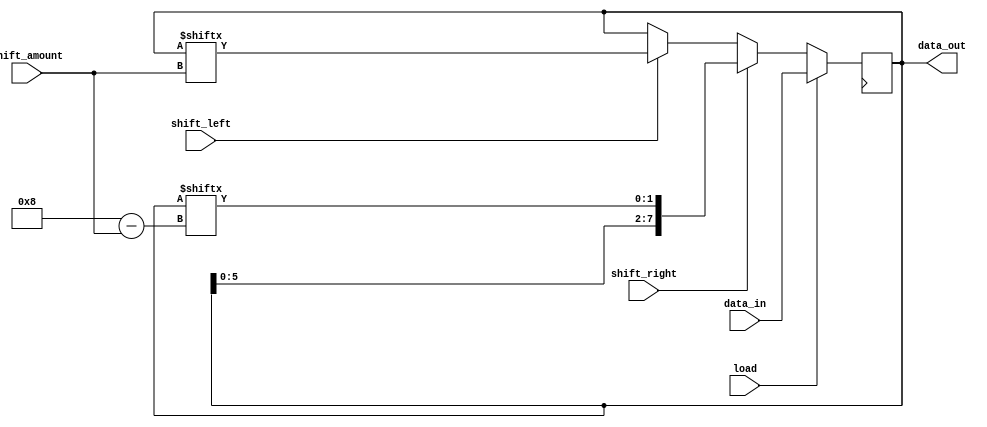
module universal_shift_register(
    input [7:0] data_in,
    input shift_left,
    input shift_right,
    input load,
    input [2:0] shift_amount,
    output [7:0] data_out
);

reg [7:0] shift_reg;

always @ (posedge clock) begin
    if (load) begin
        shift_reg <= data_in;
    end else begin
        if (shift_left) begin
            shift_reg <= {shift_reg[shift_amount + 1:7], shift_reg[7:shift_amount]};
        end
        if (shift_right) begin
            shift_reg <= {shift_reg[(7-shift_amount):0], shift_reg[7:(8-shift_amount)]};
        end
    end
end

assign data_out = shift_reg;

endmodule